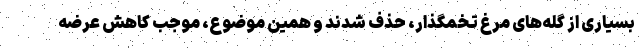
بسیاری از گله‌های مرغ تخمگذار، حذف شدند و همین موضوع، موجب کاهش عرضه